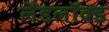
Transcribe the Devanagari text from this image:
लैंडलॉक्ड